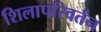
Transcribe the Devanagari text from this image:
शिलापरिवर्तन